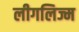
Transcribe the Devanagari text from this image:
लीगलिज्म